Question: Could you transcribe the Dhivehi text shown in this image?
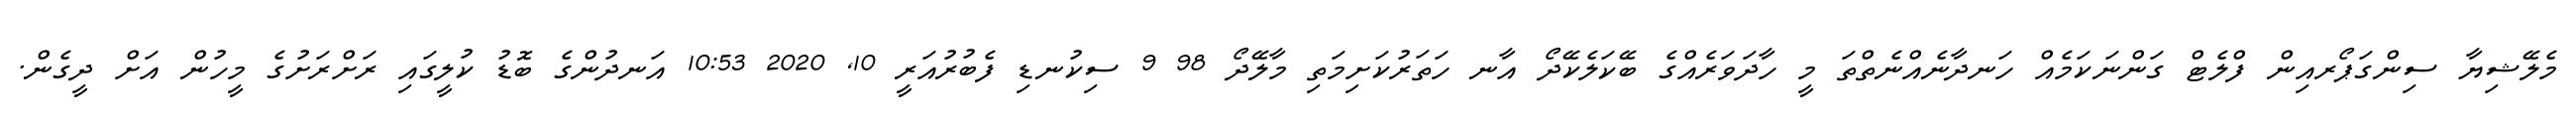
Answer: މެލޭޝިޔާ ސިންގަޕޯރއިން ފްލެޓް ގަންނަކަމެއް ހަނދާނެއްނެތްތަ މީ ހާދަވަރެއްގެ ބޭކަލެކޭދޯ އާނ ހަތަރުކަށިމަތި މާލޭދޯ 98 9 ސިކުނޑި ފެބުރުއަރީ 10, 2020 10:53 އަނދުންގެ ބޮޑު ކުލީގައި ރަށްރަށުގެ މީހުން އަށް ދީގެން.